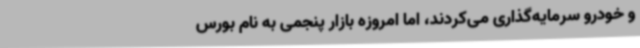
و خودرو سرمایه‌گذاری می‌کردند، اما امروزه بازار پنجمی به نام بورس